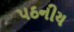
પઠનીય